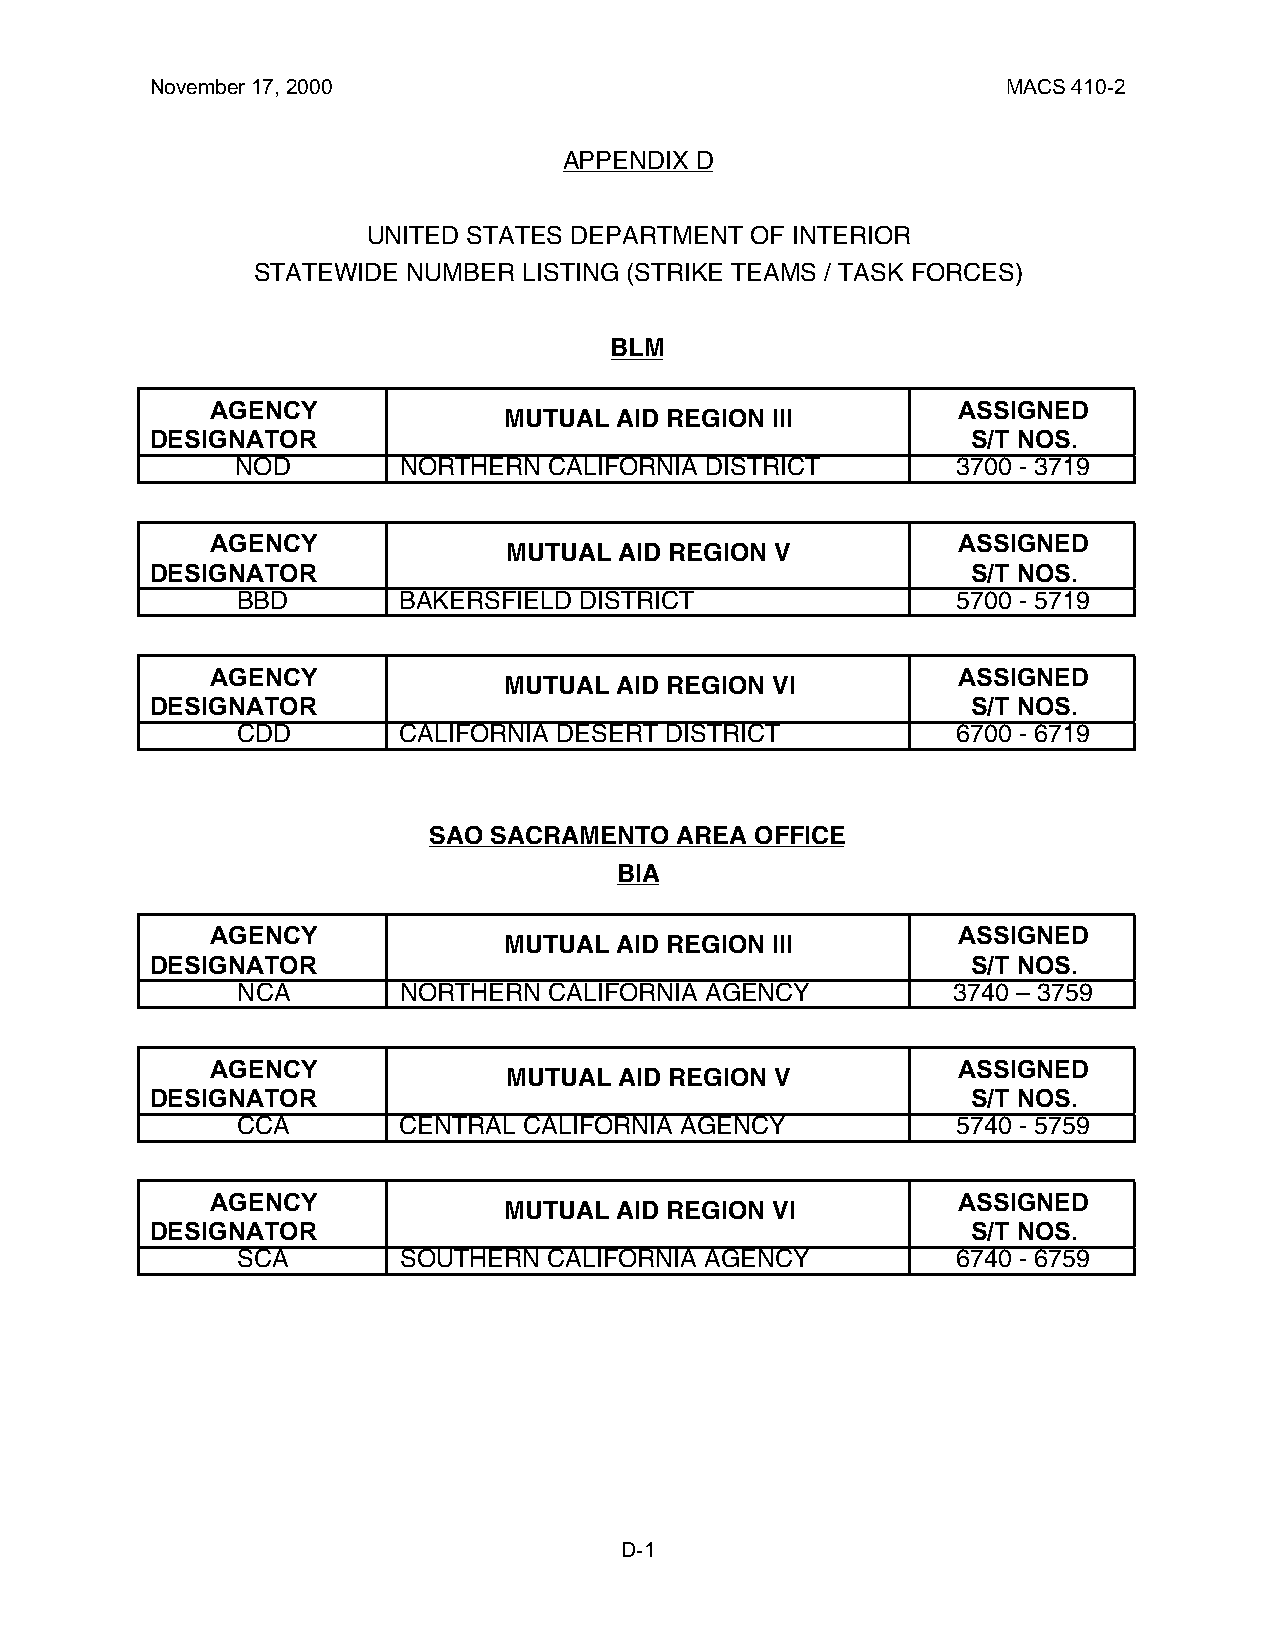
November 17, 2000                                        MACS 410-2
 APPENDIX D
 UNITED STATES DEPARTMENT  OF INTERIOR
 STATEWIDE NUMBER  LISTING (STRIKE TEAMS / TASK FORCES)
 BLM
 AGENCY                                           ASSIGNED
 MUTUAL  AID REGION III
 DESIGNATOR                                            S/T NOS.
 NOD       NORTHERN  CALIFORNIA DISTRICT        3700 - 3719
 AGENCY                                           ASSIGNED
 MUTUAL AID REGION V
 DESIGNATOR                                            S/T NOS.
 BBD       BAKERSFIELD DISTRICT                 5700 - 5719
 AGENCY                                           ASSIGNED
 MUTUAL  AID REGION VI
 DESIGNATOR                                            S/T NOS.
 CDD       CALIFORNIA DESERT DISTRICT           6700 - 6719
 SAO SACRAMENTO   AREA OFFICE
 BIA
 AGENCY                                           ASSIGNED
 MUTUAL  AID REGION III
 DESIGNATOR                                            S/T NOS.
 NCA       NORTHERN  CALIFORNIA AGENCY          3740 – 3759
 AGENCY                                           ASSIGNED
 MUTUAL AID REGION V
 DESIGNATOR                                            S/T NOS.
 CCA       CENTRAL  CALIFORNIA AGENCY           5740 - 5759
 AGENCY                                           ASSIGNED
 MUTUAL  AID REGION VI
 DESIGNATOR                                            S/T NOS.
 SCA       SOUTHERN  CALIFORNIA AGENCY          6740 - 6759
 D-1